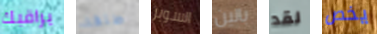
يراقبك طلقة السوبر بالين لقد يخص